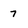
Character: 7